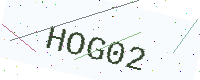
Text: HOG02